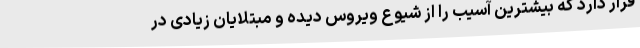
قرار دارد که بیشترین آسیب را از شیوع ویروس دیده و مبتلایان زیادی در